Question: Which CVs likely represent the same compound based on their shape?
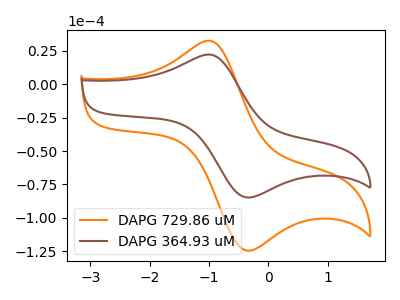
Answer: <think>The orange curve "DAPG 729.86 uM" has an anodic peak at (-0.95V, 32.25uA) and a cathodic peak at (-0.30V, -124.55uA). The brown curve "DAPG 364.93 uM" has an anodic peak at (-0.95V, 21.95uA) and a cathodic peak at (-0.30V, -84.75uA).
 All the peaks in "DAPG 729.86 uM" have a peak in "DAPG 364.93 uM" at the same potential. Every peak in "DAPG 729.86 uM" is higher than every peak in "DAPG 364.93 uM".</think>
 <answer>"DAPG 364.93 uM" and "DAPG 729.86 uM" have the same shape and are likely CV's of the same chemical.</answer>
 <eval>"DAPG 364.93 uM" "DAPG 729.86 uM"</eval>